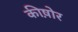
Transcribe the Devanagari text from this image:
कीष़ोर